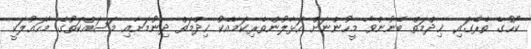
ކޯހުގެ ތެރޭގައި